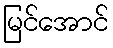
မြင်အောင်